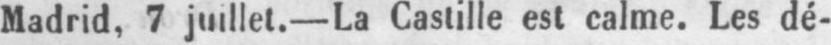
Madrid, 7 juillet.- La Castille est calme. Les dé-